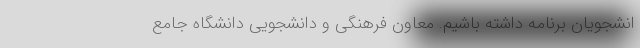
انشجویان برنامه داشته باشیم. معاون فرهنگی و دانشجویی دانشگاه جامع